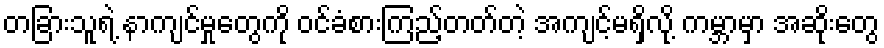
တခြားသူရဲ့ နာကျင်မှုတွေကို ဝင်ခံစားကြည့်တတ်တဲ့ အကျင့်မရှိလို့ ကမ္ဘာမှာ အဆိုးတွေ